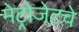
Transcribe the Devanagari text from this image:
मेट्रोजेटचे